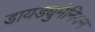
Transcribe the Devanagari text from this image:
डायड्युमेनियन